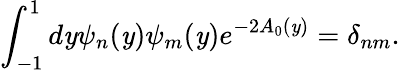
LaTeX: \int_{-1}^{1}d\mathit{y}\psi_{n}(\mathit{y})\psi_{m}(\mathit{y})e^{-2A_{0}(\mathit{y})}=\delta_{nm}.